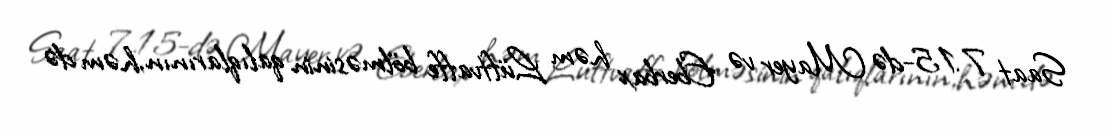
Saat 7.15-də Mayer və Eberbax həm Lüftvaffe bölməsinin qalıqlarının,həm də